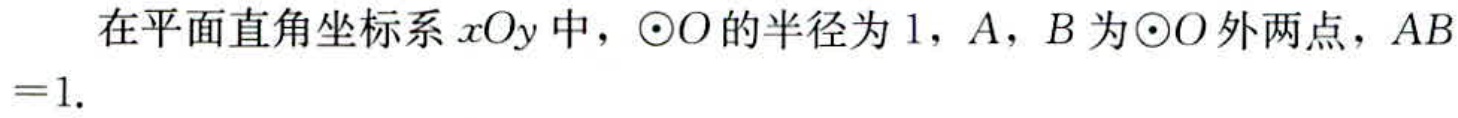
在平面直角坐标系\(xOy\)中，\(\odot O\)的半径为\(1\)，\(A\)，\(B\)为\(\odot O\)外两点，\(AB = 1\).